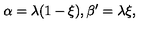
\alpha = \lambda ( 1 - \xi ) , \beta ^ { \prime } = \lambda \xi ,